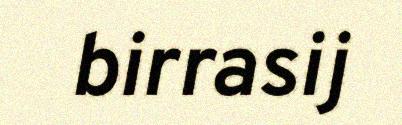
birrasij